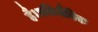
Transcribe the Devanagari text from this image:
है।प्रतिजैविक